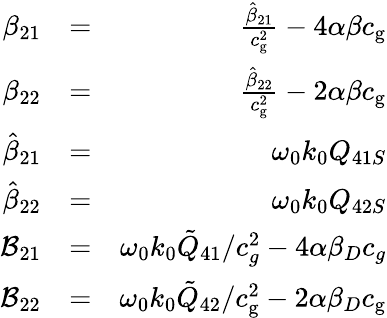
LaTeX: \begin{array}{rlr}{\beta_{21}}&{=}&{\frac{\hat{\beta}_{21}}{c_{\mathrm{g}}^{2}}-4\alpha\beta c_{\mathrm{g}}}\\ {\beta_{22}}&{=}&{\frac{\hat{\beta}_{22}}{c_{\mathrm{g}}^{2}}-2\alpha\beta c_{\mathrm{g}}}\\ {\hat{\beta}_{21}}&{=}&{\omega_{0}k_{0}Q_{41S}}\\ {\hat{\beta}_{22}}&{=}&{\omega_{0}k_{0}Q_{42S}}\\ {\mathcal{B}_{21}}&{=}&{\omega_{0}k_{0}\tilde{Q}_{41}/c_{g}^{2}-4\alpha\beta_{D}c_{g}}\\ {\mathcal{B}_{22}}&{=}&{\omega_{0}k_{0}\tilde{Q}_{42}/c_{\mathrm{g}}^{2}-2\alpha\beta_{D}c_{\mathrm{g}}}\end{array}